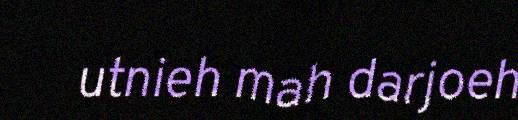
utnieh mah darjoeh